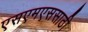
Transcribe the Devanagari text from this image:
एसएमएससाठी